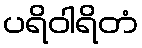
ပရိဝါရိတံ